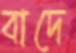
বাদে